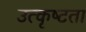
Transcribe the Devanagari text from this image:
उत्कृष्‍टता